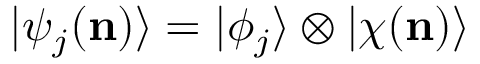
| \psi _ { j } ( \mathbf { n } ) \rangle = | \phi _ { j } \rangle \otimes | \chi ( \mathbf { n } ) \rangle